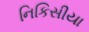
નિકિસીયા